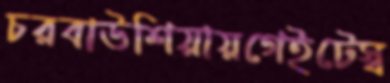
চরবাউশিয়ায়গেইটেস্ব